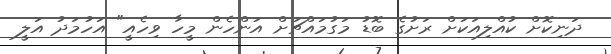
ދަނިކޮށް ކުއްލިއަކަށް ރަށުގެ ބޮޑު މަގުމައްޗަށް އަންހެން މީހާ ވިހެއީ" އަހުމަދު އަލީ